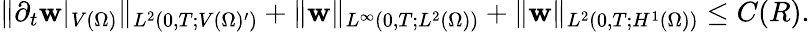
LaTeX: \| \partial_{t}\mathbf{w}|_{V(\Omega)}\| _{L^{2}(0,T;V(\Omega)^{\prime})}+\| \mathbf{w}\| _{L^{\infty}(0,T;L^{2}(\Omega))}+\| \mathbf{w}\| _{L^{2}(0,T;H^{1}(\Omega))}\leq C(R).